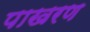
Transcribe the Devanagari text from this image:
पाखरण